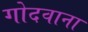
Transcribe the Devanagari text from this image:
गोदवाना